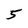
Character: 5